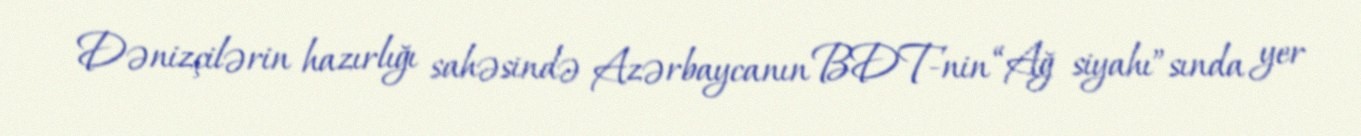
Dənizçilərin hazırlığı sahəsində Azərbaycanın BDT-nin “Ağ siyahı”sında yer